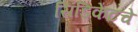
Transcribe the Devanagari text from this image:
सिंडिकेटचे